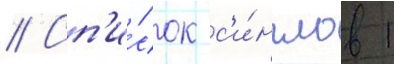
// Сп'и́сок с'и́нглов 1